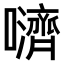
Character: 𫬵